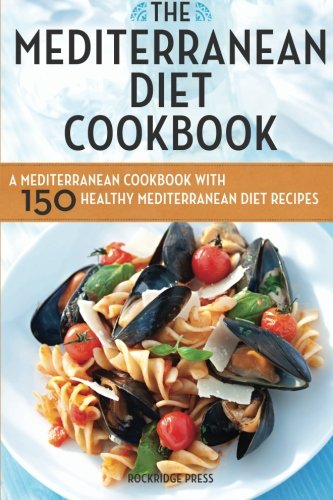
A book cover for Mediterranean Diet Cookbook: A Mediterranean Cookbook with 150 Healthy Mediterranean Diet Recipes; Cookbooks, Food & Wine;